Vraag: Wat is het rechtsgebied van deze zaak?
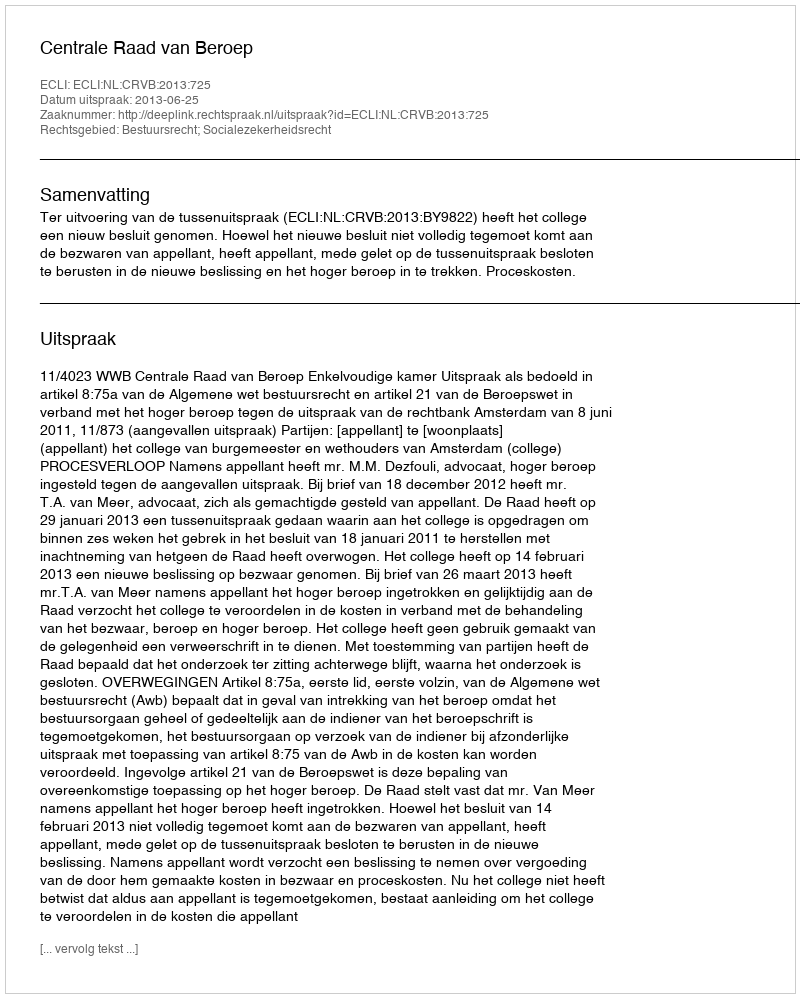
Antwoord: Bestuursrecht; Socialezekerheidsrecht